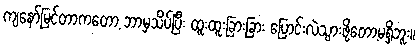
ကျနော်မြင်တာကတော့ ဘာမှသိပ်ပြီး ထူးထူးခြားခြား ပြောင်းလဲသွားဖို့တော့မရှိဘူး။